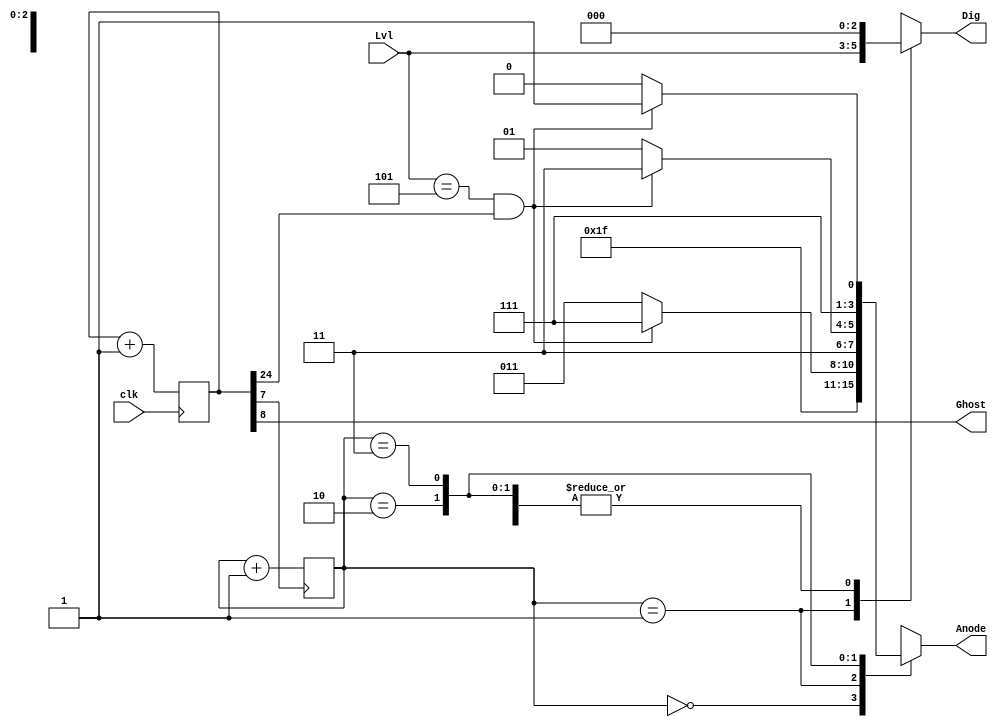
// State machine to drive multiplexed four-bit values for display
// on Digilent BASYS2 seven segment displays.
// A==MSD .... D=LSD
module Mux4Machine(Dig,Anode,Ghost,Lvl,clk);
  output reg [2:0] Dig; // The multiplexed output selected from hexVal
  output reg [3:0] Anode;  // Active low common anode drive of display
  output Ghost; 
  input  [2:0] Lvl;
  input  clk;

  parameter NUMSVAR=7;
  reg [24:0] NS, S; // Internal states to provide clk division
  reg [1:0] NSel, Sel; // Selector of common anode
	
  always @(posedge clk)
    S <= NS;
	
  always @(posedge S[NUMSVAR])
    Sel <= NSel;

  always @(*)
    NS = S + 1;

  always @(*)
    NSel = Sel + 1;

  always @(*)
    case(Sel)
      2'b00:   begin Dig = 3'h0; Anode=4'b1111; end //not used
      2'b01:   begin Dig = Lvl;  Anode=(Lvl==3'b101 && S[24]) ? 4'b1111 : 4'b1011; end //score = lvlx100
      2'b10:   begin Dig = 3'h0; Anode=(Lvl==3'b101 && S[24]) ? 4'b1111 : 4'b1101; end
      2'b11:   begin Dig=3'h0;   Anode=(Lvl==3'b101 && S[24]) ? 4'b1111 : 4'b1110; end
      default: begin Dig=3'h0;   Anode=4'b1111; end
    endcase
        
  assign Ghost = S[8]; //controls segment display shadow
endmodule